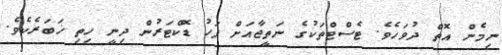
ނިމެން އޮތް ދުވަހެވެ. ޓެސްޓްތަކުގެ ނަތީޖާއަށް ފަހު ޑޮކްޓަރުން ދިނީ ހިތި ޚަބަރެކެވެ.